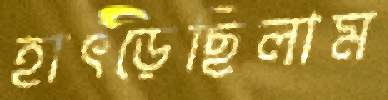
হাৎড়েছিলাম